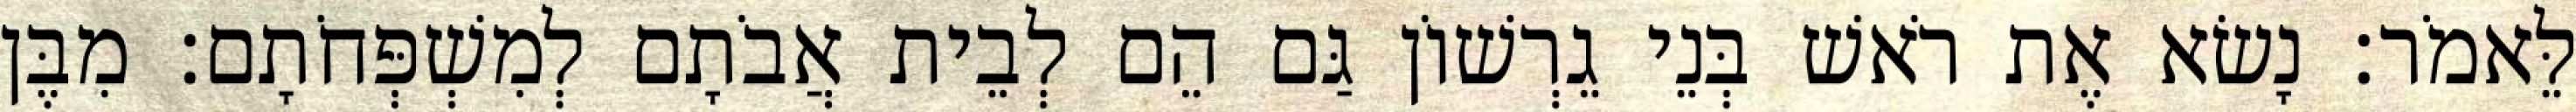
לֵּאמֹר׃ נָשׂא אֶת רֹאשׁ בְּנֵי גֵרְשׁוֹן גַּם הֵם לְבֵית אֲבֹתָם לְמִשְׁפְּחֹתָם׃ מִבֶּן